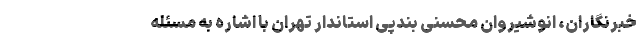
خبرنگاران، انوشیروان محسنی بندپی استاندار تهران با اشاره به مسئله